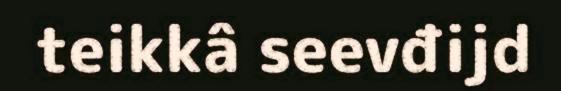
teikkâ seevđijd